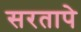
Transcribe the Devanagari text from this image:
सरतापे